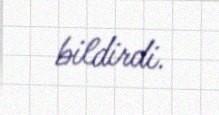
bildirdi.